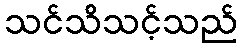
သင်သိသင့်သည်